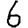
Digit: 6